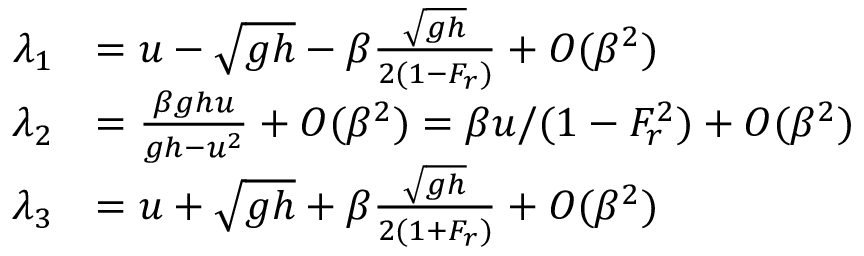
\begin{array} { r l } { \lambda _ { 1 } } & { = u - \sqrt { g h } - \beta \frac { \sqrt { g h } } { 2 ( 1 - F _ { r } ) } + O ( \beta ^ { 2 } ) } \\ { \lambda _ { 2 } } & { = \frac { \beta g h u } { g h - u ^ { 2 } } + O ( \beta ^ { 2 } ) = \beta u / ( 1 - F _ { r } ^ { 2 } ) + O ( \beta ^ { 2 } ) } \\ { \lambda _ { 3 } } & { = u + \sqrt { g h } + \beta \frac { \sqrt { g h } } { 2 ( 1 + F _ { r } ) } + O ( \beta ^ { 2 } ) } \end{array}